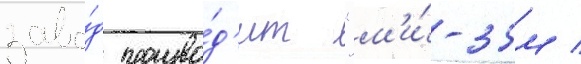
заво́д произво́д'ит "м'и́-35м /